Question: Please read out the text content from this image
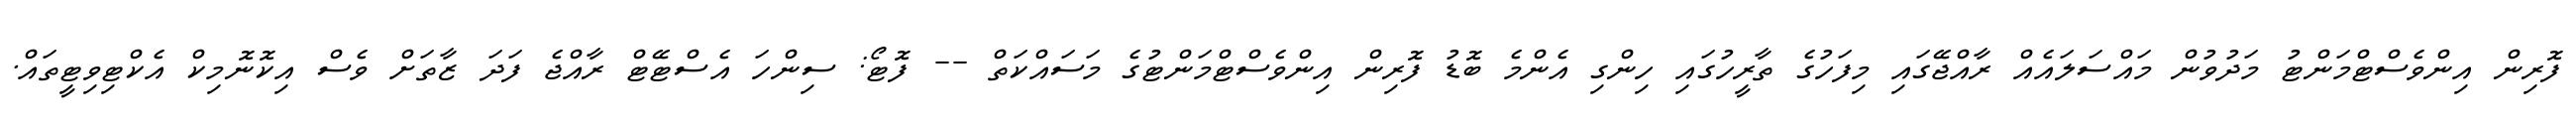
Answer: ފޮރިން އިންވެސްޓްމަންޓު މަދުވުން މައްސަލައެއް ރާއްޖޭގައި މިފަހުގެ ތާރީހުގައި ހިންގި އެންމެ ބޮޑު ފޮރިން އިންވެސްޓްމަންޓުގެ މަސައްކަތް -- ފޮޓޯ: ސިންހަ އެސްޓޭޓް ރާއްޖެ ފަދަ ޒާތަށް ވެސް އިކޮނޮމިކް އެކްޓިވިޓީތައް.